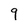
Character: 9